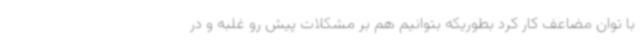
با توان مضاعف کار کرد بطوریکه بتوانیم هم بر مشکلات پیش رو غلبه و در